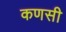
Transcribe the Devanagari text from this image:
कणसी